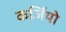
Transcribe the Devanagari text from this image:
कर्जियो